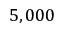
5 , 0 0 0